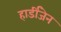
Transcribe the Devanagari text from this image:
हार्डीजेन